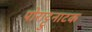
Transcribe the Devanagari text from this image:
पोराट्टुनाटक